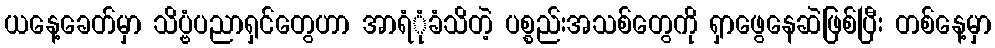
ယနေ့ခေတ်မှာ သိပ္ဗံပညာရှင်တွေဟာ အာရံုံခံသိတဲ့ ပစ္စည်းအသစ်တွေကို ရှာဖွေနေဆဲဖြစ်ပြီး တစ်နေ့မှာ